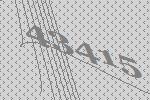
43415